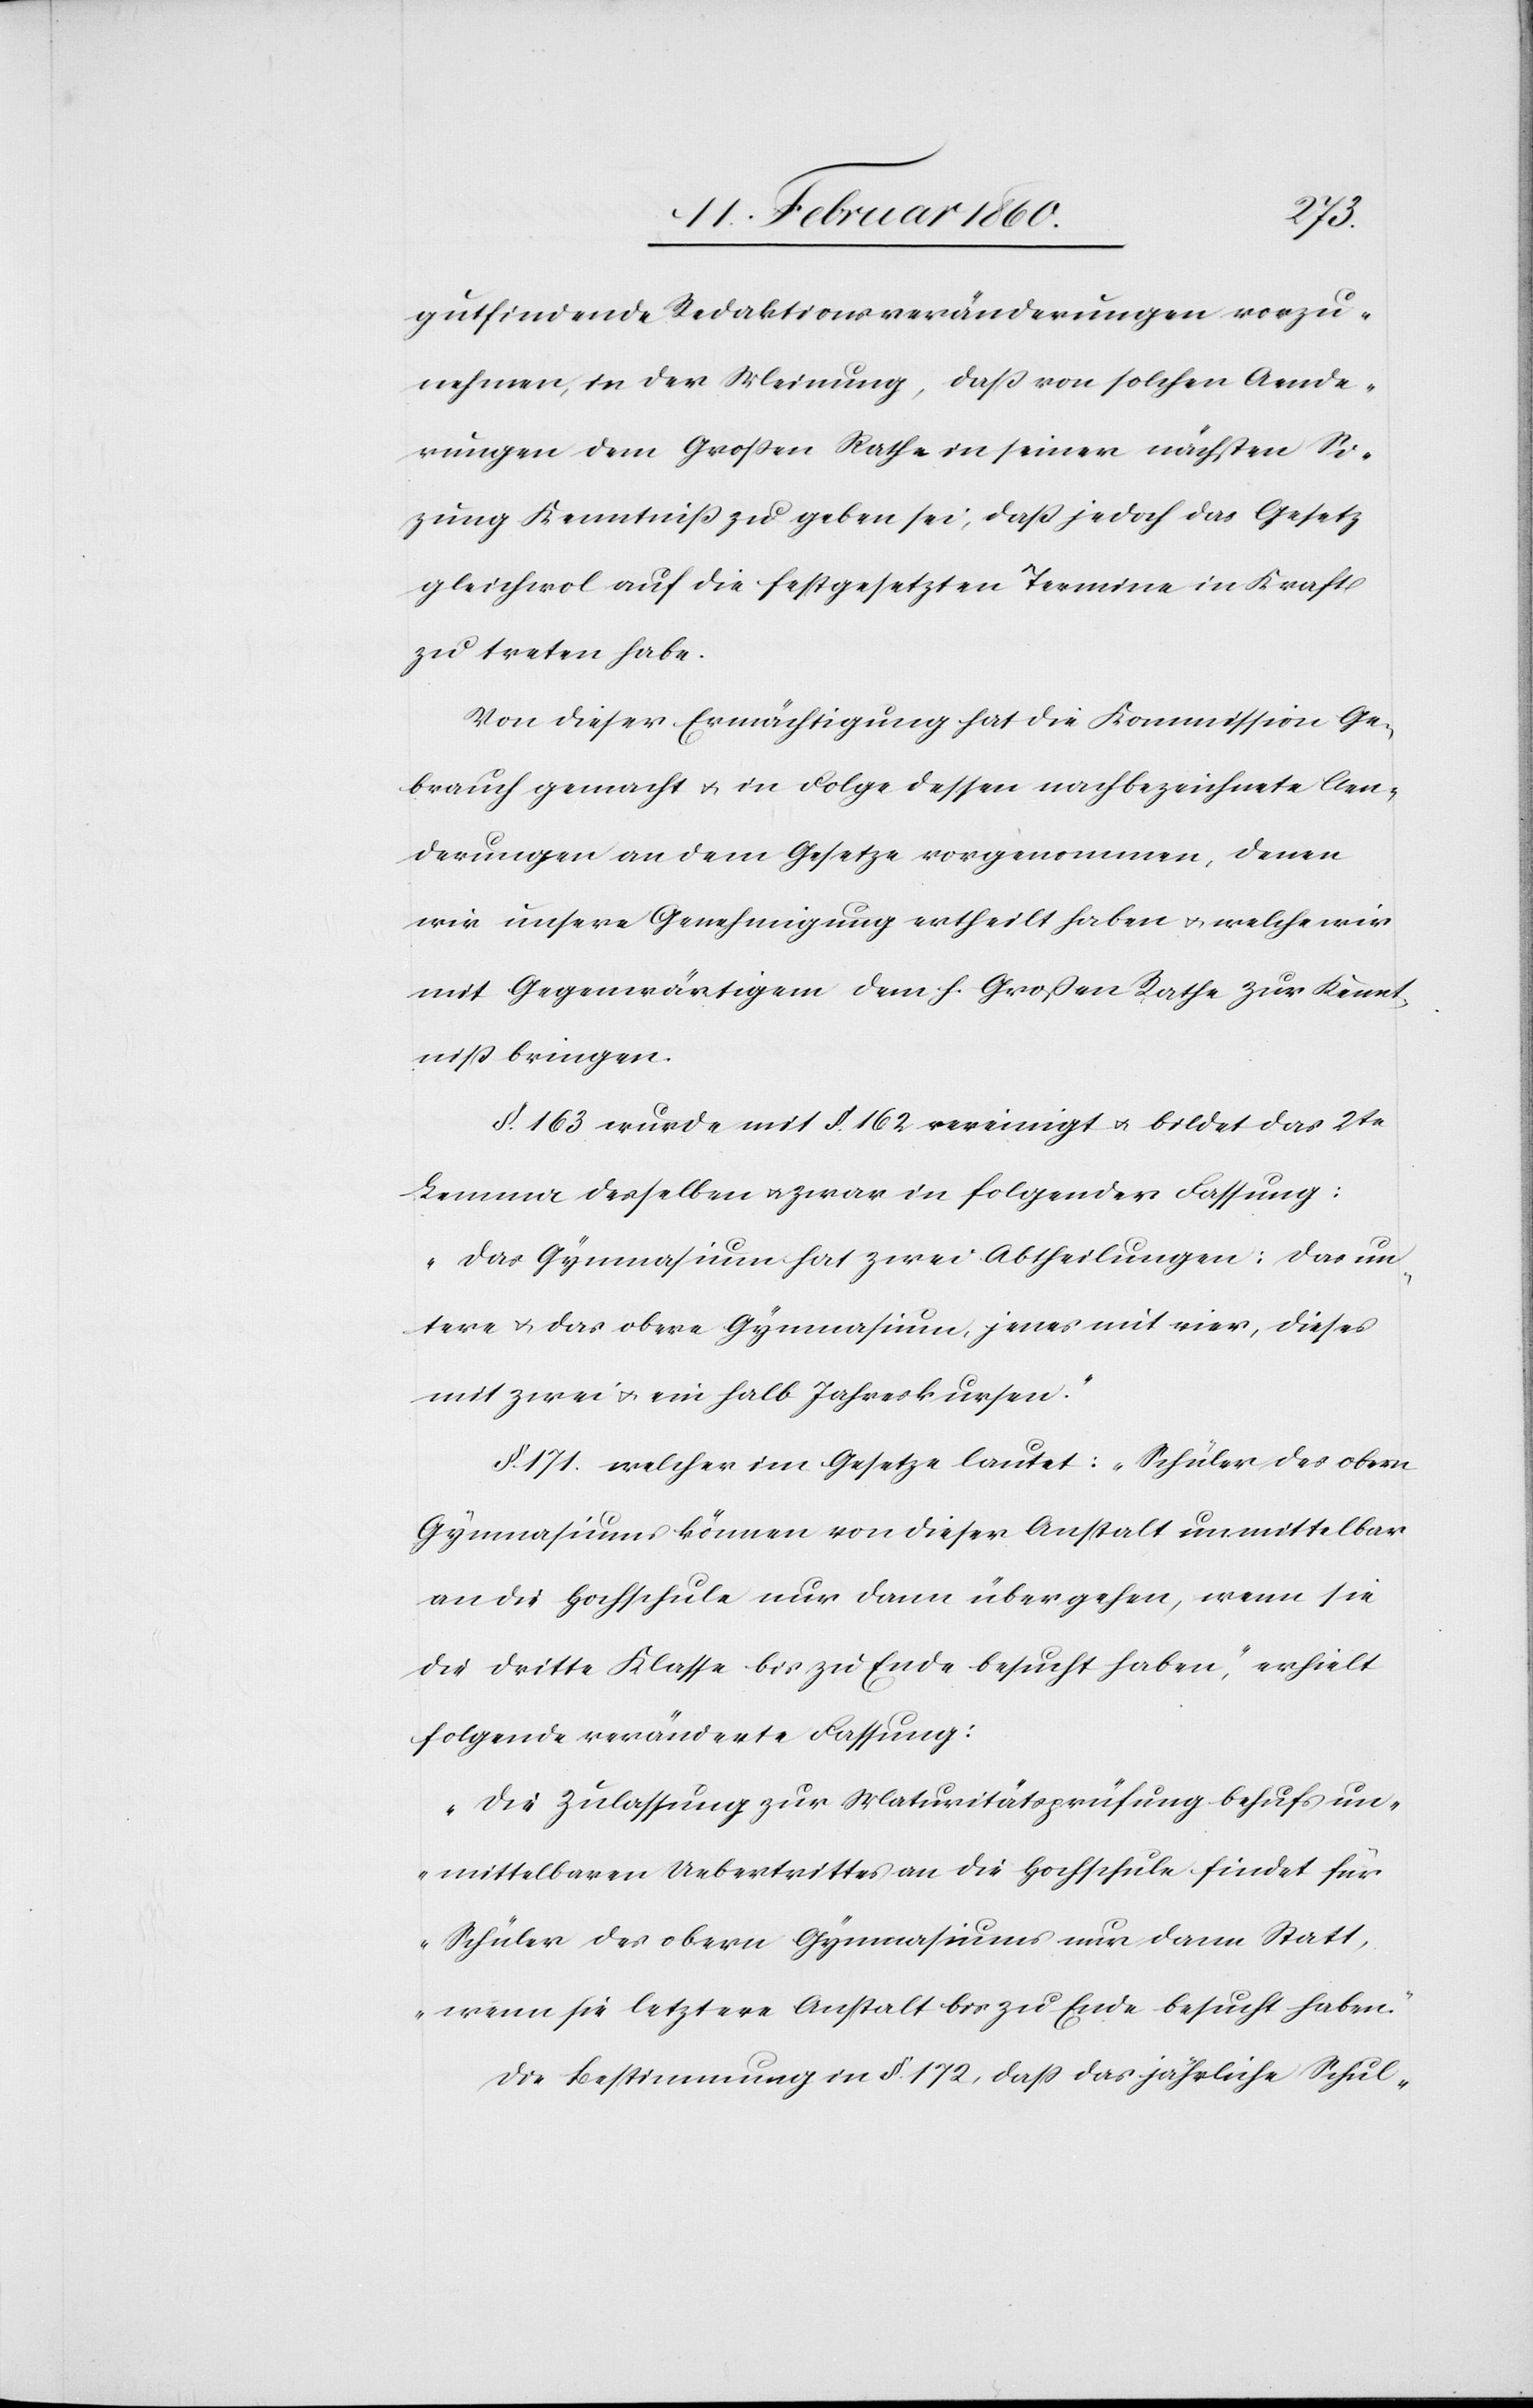
gutfindende Redaktionsveränderungen vorzu¬
nehmen, in der Meinung, dass von solchen Aende¬
rungen dem Grossen Rathe in seiner nächsten Si¬
zung Kenntniss zu geben sei, dass jedoch das Gesetz
gleichwol auf die festgesetzten Termine in Kraft
zu treten habe.
Von dieser Ermächtigung hat die Kommission Ge¬
brauch gemacht u. in Folge dessen nach bezeichnete Aen¬
derungen an dem Gesetze vorgenommen, denen
wir unsere Genehmigung ertheilt haben u. welche wie
mit Gegenwärtigem dem h. Grossen Rathe zur Kennt¬
niß bringen.
§. 163. wurde mit §. 162. vereinigt u. bildet das 2te
Lemma desselben u. zwar in folgender Fassung:
„Das Gymnasium hat zwei Abtheilungen: das un¬
tere u. das obere Gymnasium, jenes mit vier, dieses
mit zwei u. ein halb Jahreskursen.“
§. 171. welcher im Gesetze lautet: „Schüler des obern
Gymnasiums können von dieser Anstalt unmittelbar
an die Hochschule nur dann übergehen, wenn sie
die dritte Klasse bis zu Ende besucht haben,“ erhielt
folgende veränderte Fassung:
„Die Zulassung zur Maturitätsprüfung behufs un¬
mittelbaren Uebertrittes an die Hochschule findet für
Schüler des obern Gymnasiums nur dann statt,
wenn sie letztere Anstalt bis zu Ende besucht haben.“
Die Bestimmung in §. 172, dass das jährliche Schul-